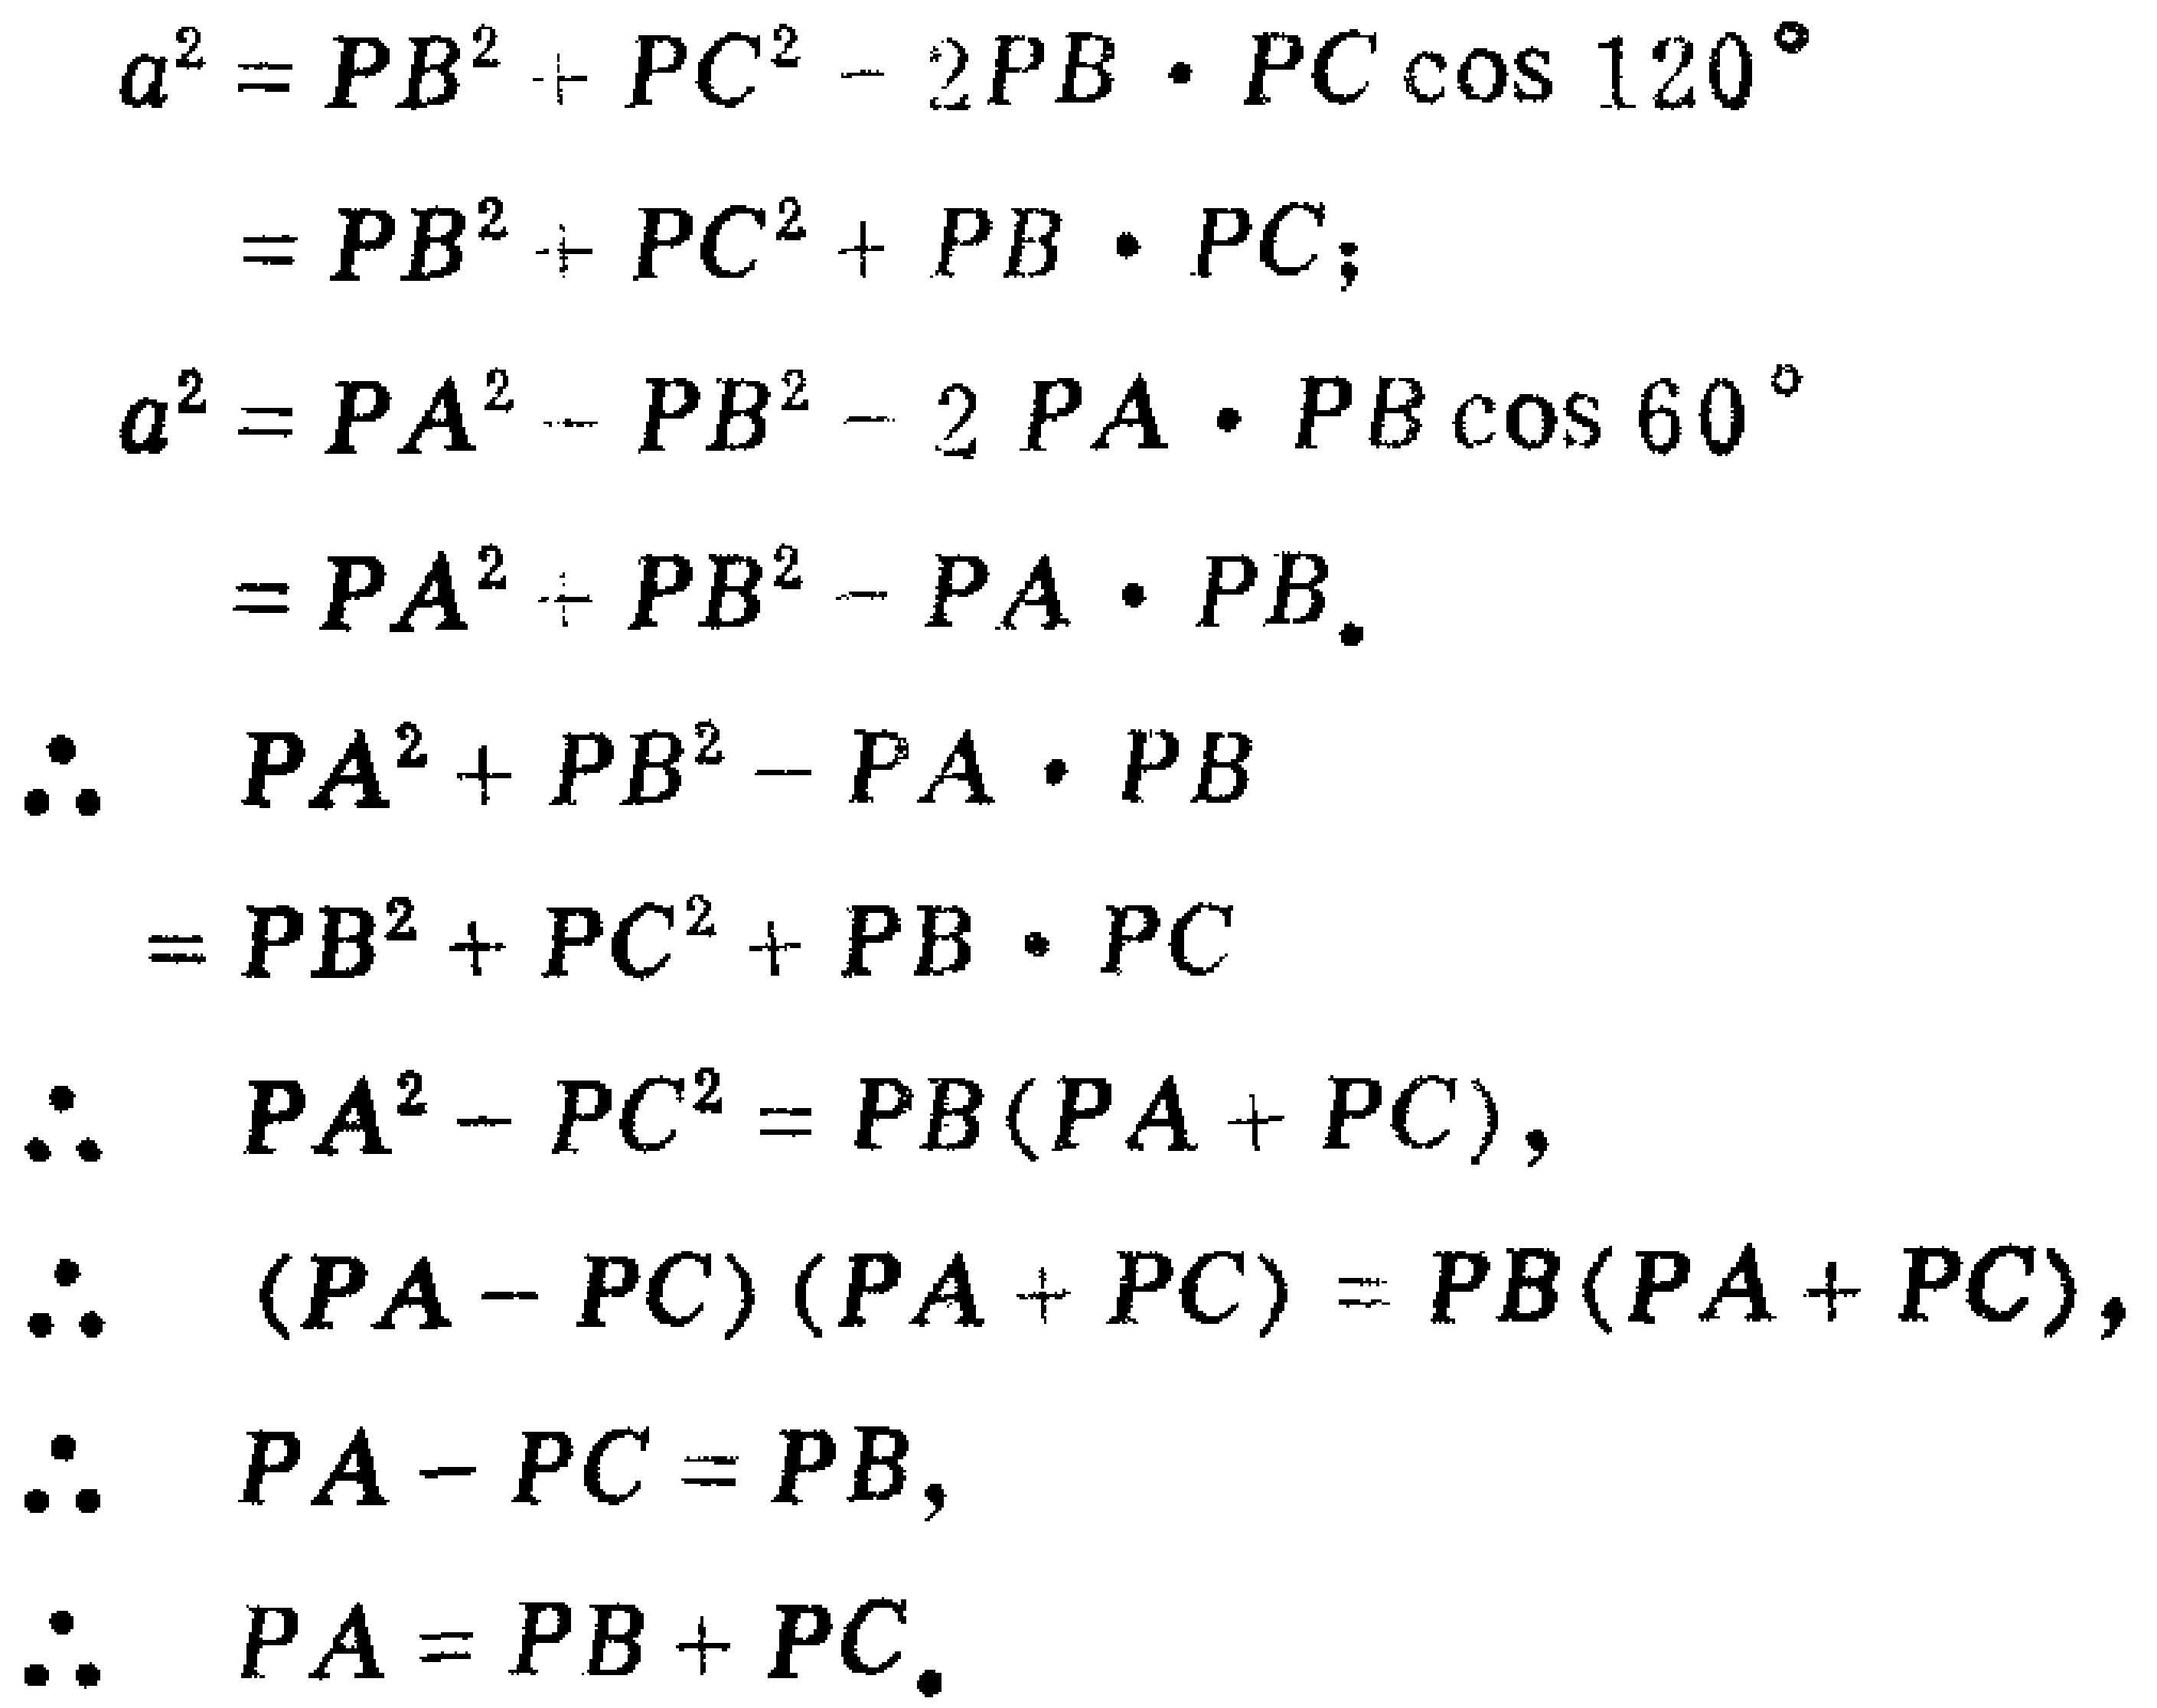
\begin{align*}
a^{2}&=PB^{2}+PC^{2}-2PB\cdot PC\cos120^{\circ}\\
&=PB^{2}+PC^{2}+PB\cdot PC;\\
a^{2}&=PA^{2}+PB^{2}-2PA\cdot PB\cos60^{\circ}\\
&=PA^{2}+PB^{2}-PA\cdot PB.\\
\therefore\quad PA^{2}+PB^{2}-PA\cdot PB&\\
=PB^{2}+PC^{2}+PB\cdot PC&\\
\therefore\quad PA^{2}-PC^{2}&=PB(PA + PC),\\
\therefore\quad (PA - PC)(PA + PC)&=PB(PA + PC),\\
\therefore\quad PA - PC&=PB,\\
\therefore\quad PA&=PB + PC.
\end{align*}